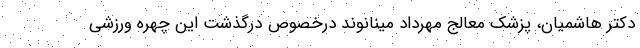
دکتر هاشمیان، پزشک معالج مهرداد مینانوند درخصوص درگذشت این چهره ورزشی